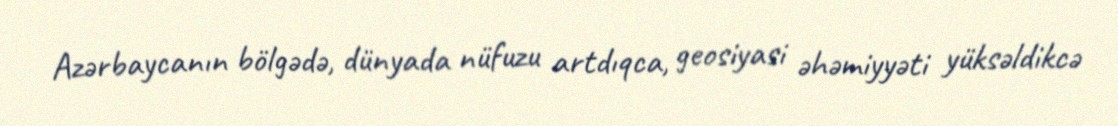
Azərbaycanın bölgədə, dünyada nüfuzu artdıqca, geosiyasi əhəmiyyəti yüksəldikcə